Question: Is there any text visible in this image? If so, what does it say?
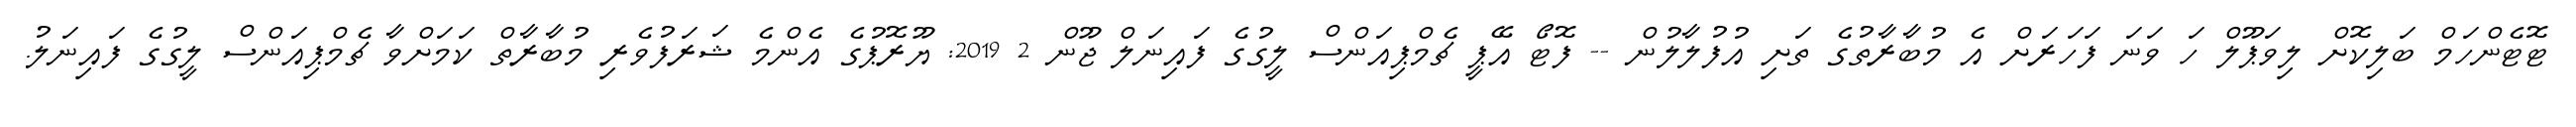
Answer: ޓޮޓެންހަމް ބަލިކޮށް ލިވަޕޫލް ހަ ވަނަ ފަހަރަށް އެ މުބާރާތުގެ ތަށި އުފުލާލުން -- ފޮޓޯ އޭޕީ ޗެމްޕިއަންސް ލީގުގެ ފައިނަލް ޖޫން 2 2019: ޔޫރޮޕުގެ އެންމެ ޝަރަފުވެރި މުބާރާތް ކަމަށްވާ ޗެމްޕިއަންސް ލީގުގެ ފައިނަލު.